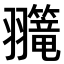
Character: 𫅲